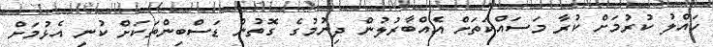
ހައްލު ކުރުމަށް ކުރާ މަސައްކަތަށް އެއްބާރުލުން ދިނުމުގެ ގޮތުން ޑަސްބިންތަކަށް ކުނި އެޅުމަށް